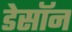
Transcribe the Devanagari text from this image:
डेसॉन